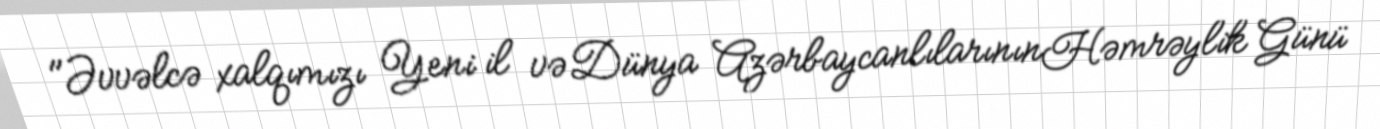
"Əvvəlcə xalqımızı Yeni il vəDünya AzərbaycanlılarınınHəmrəylik Günü